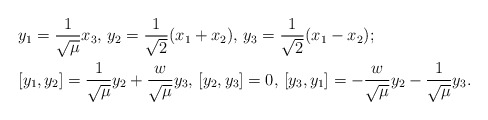
\begin{align*}&y_1=\frac{1}{\sqrt{\mu}}x_3, \, y_2=\frac{1}{\sqrt{2}}(x_1+x_2), \, y_3=\frac{1}{\sqrt{2}}(x_1-x_2);\\&[y_1,y_2]=\frac{1}{\sqrt{\mu}}y_2+ \frac{w}{\sqrt{\mu}}y_3, \,[y_2,y_3]=0,\,[y_3,y_1]=-\frac{w}{\sqrt{\mu}}y_2 - \frac{1}{\sqrt{\mu}}y_3.\end{align*}